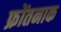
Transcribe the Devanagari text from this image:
फ्रोंतनाक